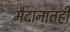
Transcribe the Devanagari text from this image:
मैदानातही